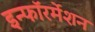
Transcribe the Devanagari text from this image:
इन्फाॅरर्मेशन